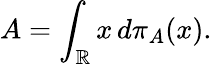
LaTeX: A=\int_{\mathbb{R}}x\, d\pi_{A}(x).